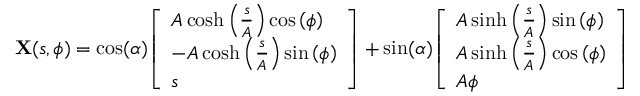
\mathbf { X } ( s , \phi ) = \cos ( \alpha ) { \left[ \begin{array} { l } { A \cosh \left( { \frac { s } { A } } \right) \cos \left( \phi \right) } \\ { - A \cosh \left( { \frac { s } { A } } \right) \sin \left( \phi \right) } \\ { s } \end{array} \right] } + \sin ( \alpha ) { \left[ \begin{array} { l } { A \sinh \left( { \frac { s } { A } } \right) \sin \left( \phi \right) } \\ { A \sinh \left( { \frac { s } { A } } \right) \cos \left( \phi \right) } \\ { A \phi } \end{array} \right] }